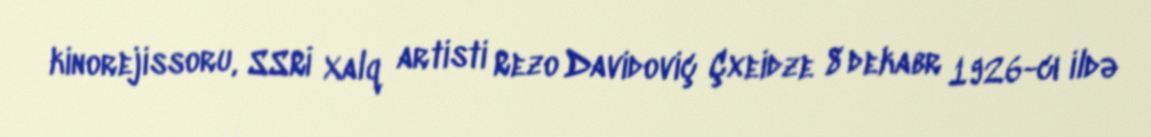
kinorejissoru, SSRİ Xalq artisti Rezo Davidoviç Çxeidze 8 dekabr 1926-cı ildə